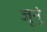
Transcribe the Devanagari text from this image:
जूनृं